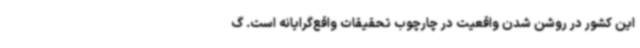
این کشور در روشن شدن واقعیت در چارچوب تحقیقات واقع‌گرایانه است. گ